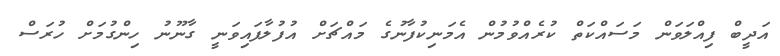
އަދީބް ފިއްލަވަން މަސައްކަތް ކުރެއްވުމުން އެމަނިކުފާނުގެ މައްޗަށް އުފުލާފައިވަނީ ގާނޫނު ހިންގުމަށް ހުރަސް